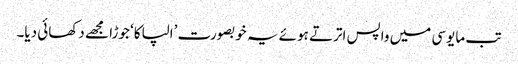
تب مایوسی میں واپس اترتے ہوئے یہ خوبصورت ’الپاکا‘ جوڑا مجھے دکھائی دیا۔